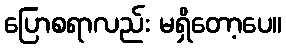
ပြောစရာလည်း မရှိတော့ပေ။